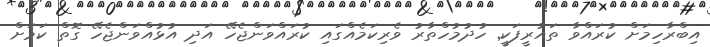
އިބްރާހިމަށް ކުރައްވާ ތައުރީފަކީ